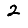
Digit: 2